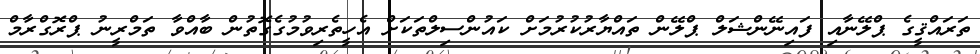
ތަރައްޤީގެ ޕްލޭނާއި ފައިނޭންޝަލް ޕްލޭން ތައްޔާރުކުރުމަށް ކައުންސިލްތަކަށް އެހީތެރިވުމުގެގޮތުން ބާއްވާ ތަމްރީނު ޕްރޮގްރާމް